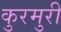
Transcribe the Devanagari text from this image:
कुरमुरी